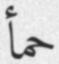
حمأ